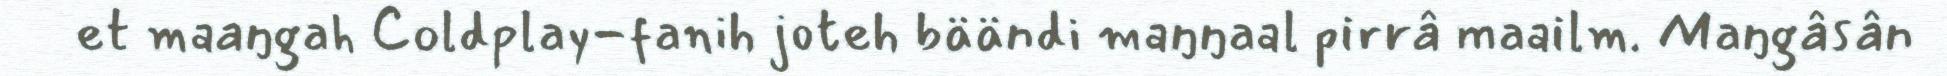
et maaŋgah Coldplay-fanih joteh bäändi maŋŋaal pirrâ maailm. Maŋgâsân